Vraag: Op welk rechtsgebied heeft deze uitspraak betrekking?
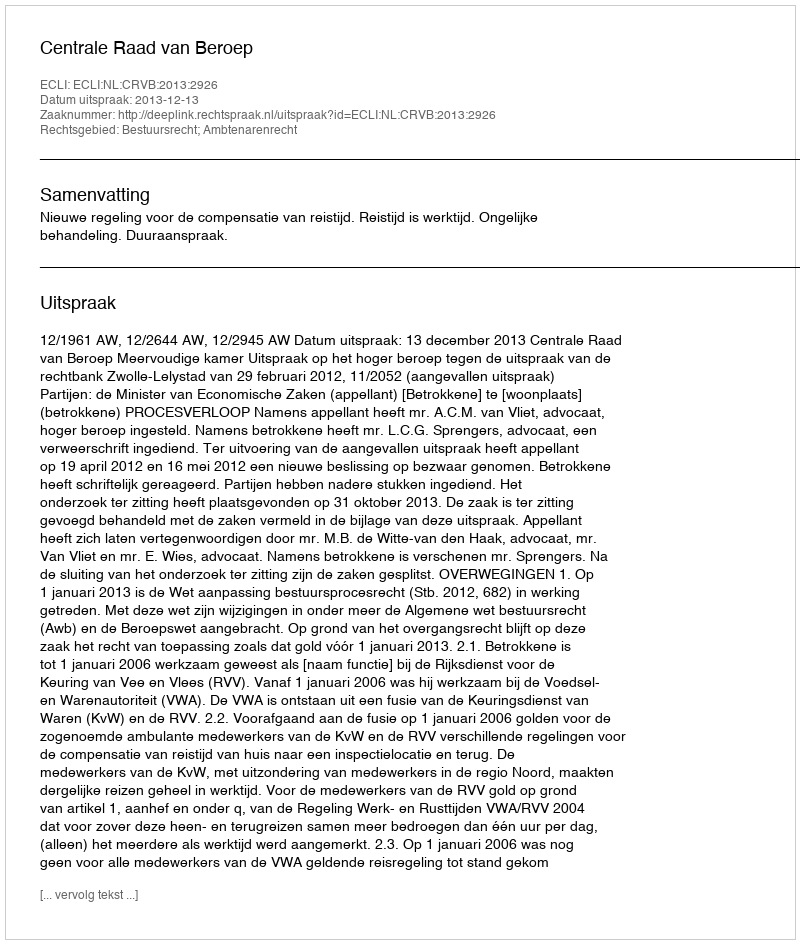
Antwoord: Bestuursrecht; Ambtenarenrecht